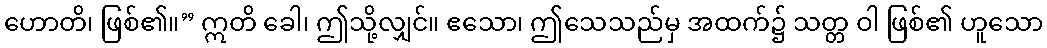
ဟောတိ၊ ဖြစ်၏။” ဣတိ ခေါ၊ ဤသို့လျှင်။ ဧသော၊ ဤသေသည်မှ အထက်၌ သတ္တ ဝါ ဖြစ်၏ ဟူသော